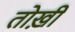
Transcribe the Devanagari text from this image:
तोख़ी